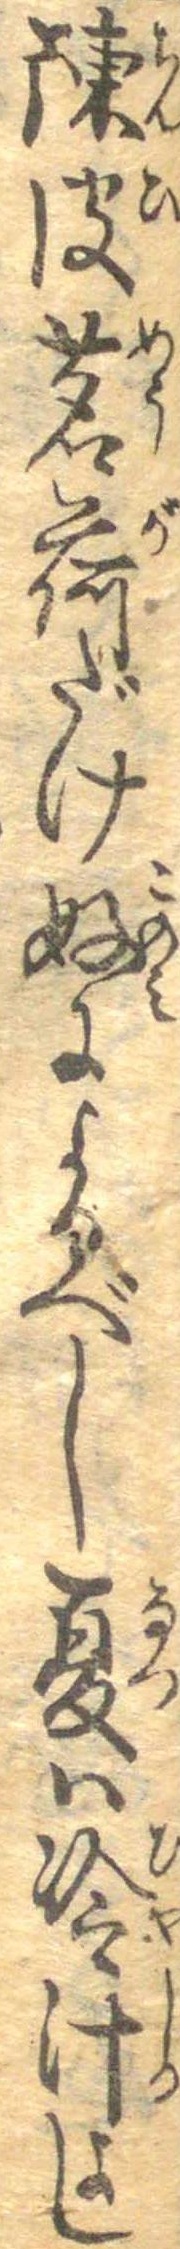
陳皮茗荷だけ好によるべし夏は冷汁よし